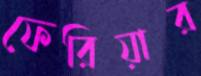
ফেরিয়ার